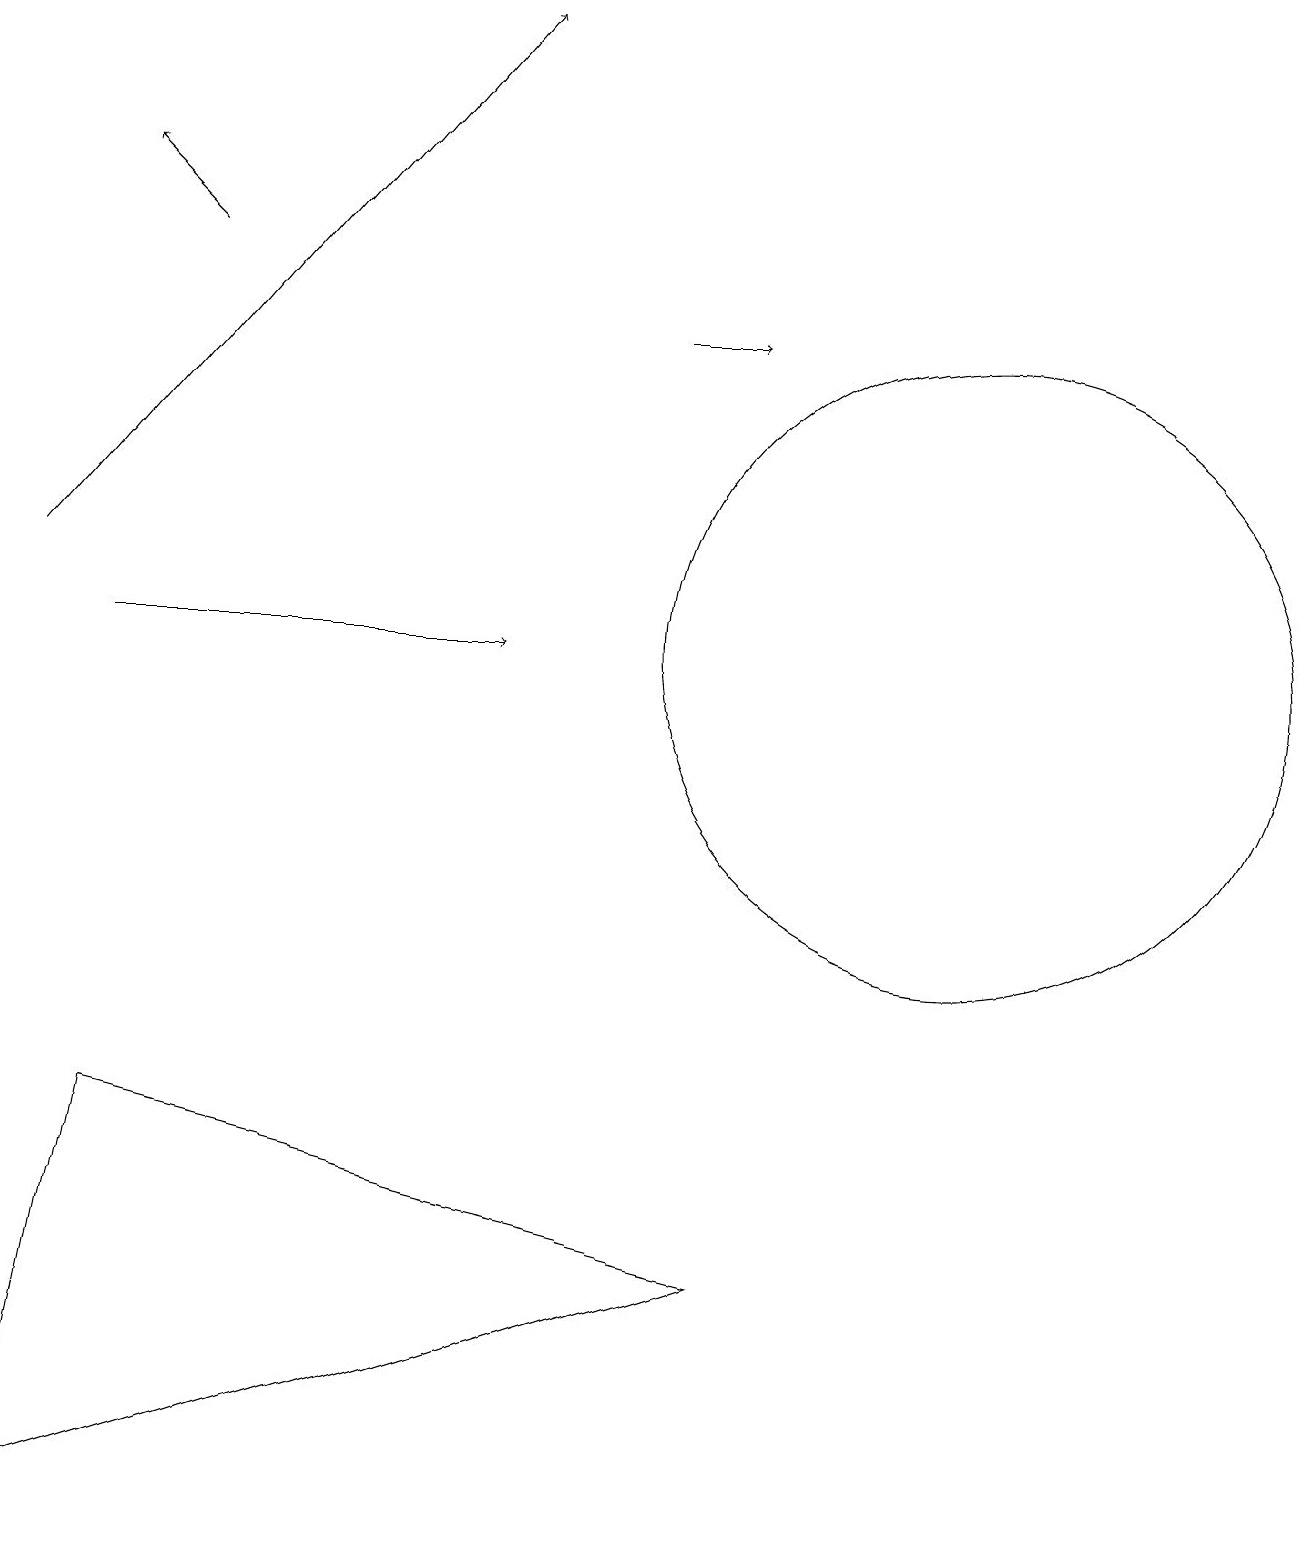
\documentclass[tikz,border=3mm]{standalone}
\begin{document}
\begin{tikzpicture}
\draw[->] (0,12) -- (6,19);
\draw[->] (2,16) -- (1,17);
\draw[->] (1,11) -- (6,11);
\draw (12,11) circle (4);
\draw[->] (8,15) -- (9,15);
\draw (1,5) -- (9,3) -- (0,0) -- cycle;
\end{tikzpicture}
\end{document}